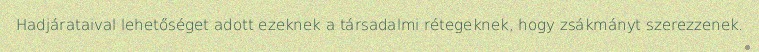
Hadjárataival lehetőséget adott ezeknek a társadalmi rétegeknek, hogy zsákmányt szerezzenek.